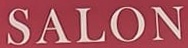
SALON